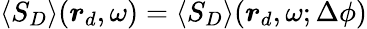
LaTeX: \langle S_{D}\rangle(\boldsymbol{r}_{d},\omega)=\langle S_{D}\rangle(\boldsymbol{r}_{d},\omega;\Delta\phi)